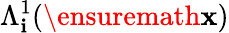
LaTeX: \Lambda_{\mathbf{i}}^{1}(\ensuremath{{\mathbf{{x}}}})